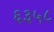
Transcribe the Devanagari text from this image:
६३५८